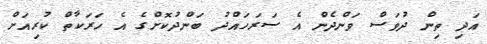
އަދި ތިން ދުވަސް ވަންދެން އެ ސަރަހައްދު ބަންދުކޮށްގެ އެ ހަރަކާތް ކުރިއަށް